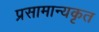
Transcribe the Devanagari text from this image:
प्रसामान्यकृत